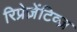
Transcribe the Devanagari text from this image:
रिप्रेज़ेंटिव्ज़